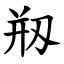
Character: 剏